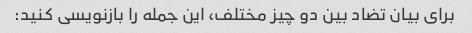
برای بیان تضاد بین دو چیز مختلف، این جمله را بازنویسی کنید: